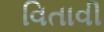
વિતાવી